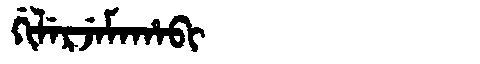
Manchu: ᡤᡳᠯᡝᡵᠵᡝᠮᠠᡥᠠᠪᡳ
Romanization: GILERJEMAHABI